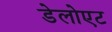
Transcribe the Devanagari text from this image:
डेलोएट